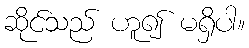
ဆိုင်သည် ဟူ၍ မရှိပါ။